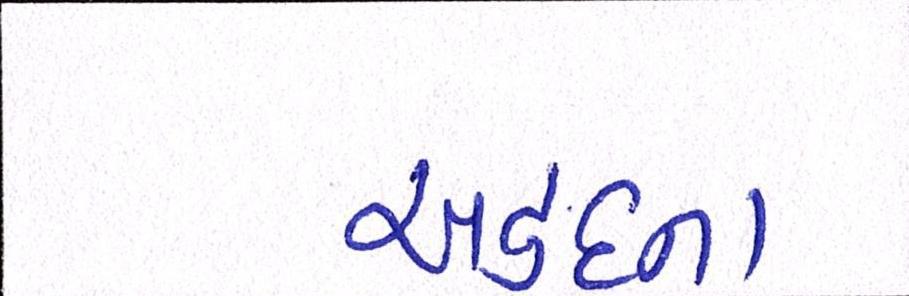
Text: અડદના